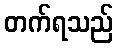
တက်ရသည်